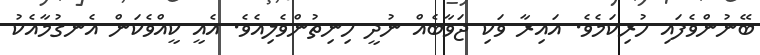
ބޭނުންވެފައި ހުރިކަމެވެ. އައިރާ ވަކި ޖަވާބެއް ނުދީ ހިނިތުންވެލިއެވެ. އެއީ ކީއްވެކަން އެނގުމާއެކު